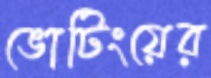
ভোটিংয়ের